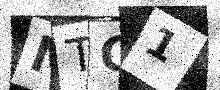
Text: MTG1